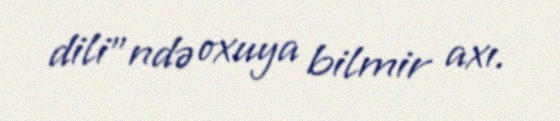
dili”ndə oxuya bilmir axı.